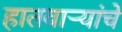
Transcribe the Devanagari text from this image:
हातवार्‍यांचे